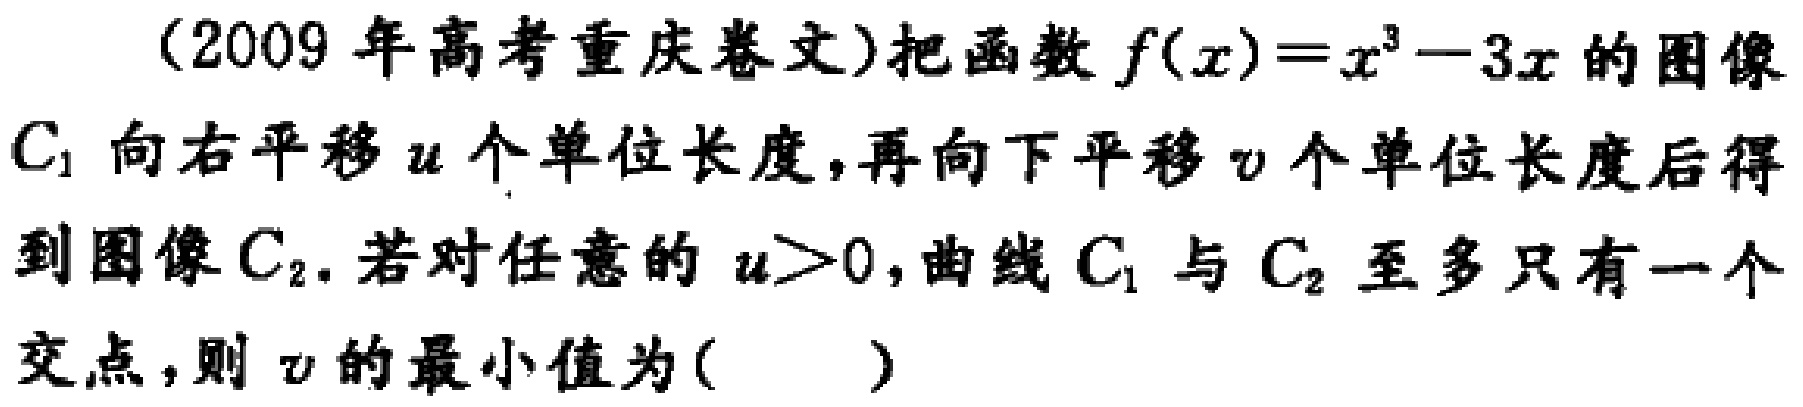
(2009 年高考重庆卷文)把函数\(f(x)=x^{3}-3x\)的图像\(C_{1}\)向右平移\(u\)个单位长度，再向下平移\(v\)个单位长度后得到图像\(C_{2}\). 若对任意的\(u > 0\)，曲线\(C_{1}\)与\(C_{2}\)至多只有一个交点，则\(v\)的最小值为( )